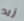
زيد